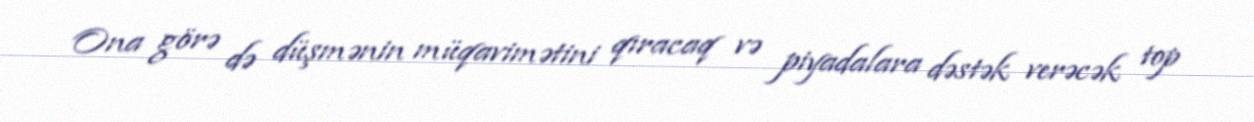
Ona görə də düşmənin müqavimətini qıracaq və piyadalara dəstək verəcək top